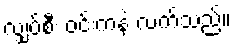
လျှပ်စီး ဝင်းကနဲ လက်သည်။